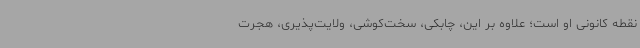
نقطه کانونی او است؛ علاوه بر این، چابکی، سخت‌کوشی، ولایت‌پذیری، هجرت